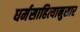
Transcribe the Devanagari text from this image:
धर्मसाहित्यानुसार